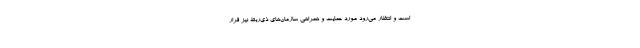
است و انتظار می‌رود مورد حمایت و همراهی سازمان‌های ذی‌ربط نیز قرار